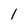
Character: 1